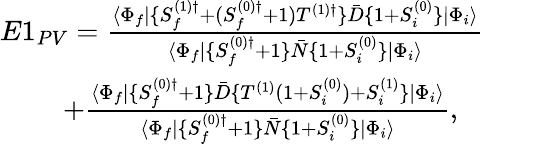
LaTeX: \begin{array}{rlr}{E1_{PV}=\frac{\langle\Phi_{f}|\{ S_{f}^{(1)\dagger}+(S_{f}^{(0)\dagger}+1)T^{(1)\dagger}\} \bar{D}\{ 1+S_{i}^{(0)}\} |\Phi_{i}\rangle}{\langle\Phi_{f}|\{ S_{f}^{(0)\dagger}+1\} \bar{N}\{ 1+S_{i}^{(0)}\} |\Phi_{i}\rangle}}&{{}}&{}\\ {+\frac{\langle\Phi_{f}|\{ S_{f}^{(0)\dagger}+1\} \bar{D}\{ T^{(1)}(1+S_{i}^{(0)})+S_{i}^{(1)}\} |\Phi_{i}\rangle}{\langle\Phi_{f}|\{ S_{f}^{(0)\dagger}+1\} \bar{N}\{ 1+S_{i}^{(0)}\} |\Phi_{i}\rangle},\ \ \ }&{{}}&{}\end{array}